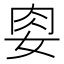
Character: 𭑶